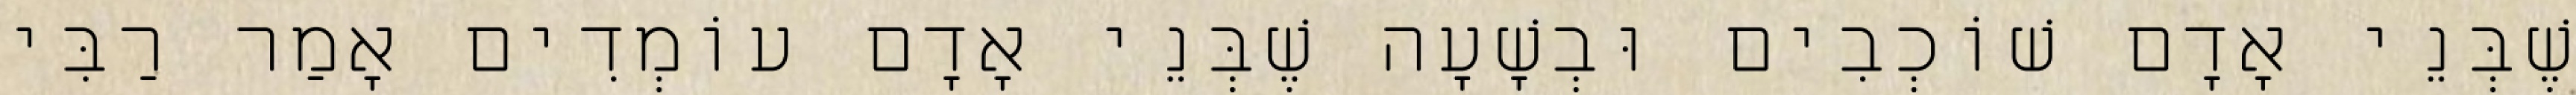
שֶׁבְּנֵי אָדָם שׁוֹכְבִים וּבְשָׁעָה שֶׁבְּנֵי אָדָם עוֹמְדִים אָמַר רַבִּי